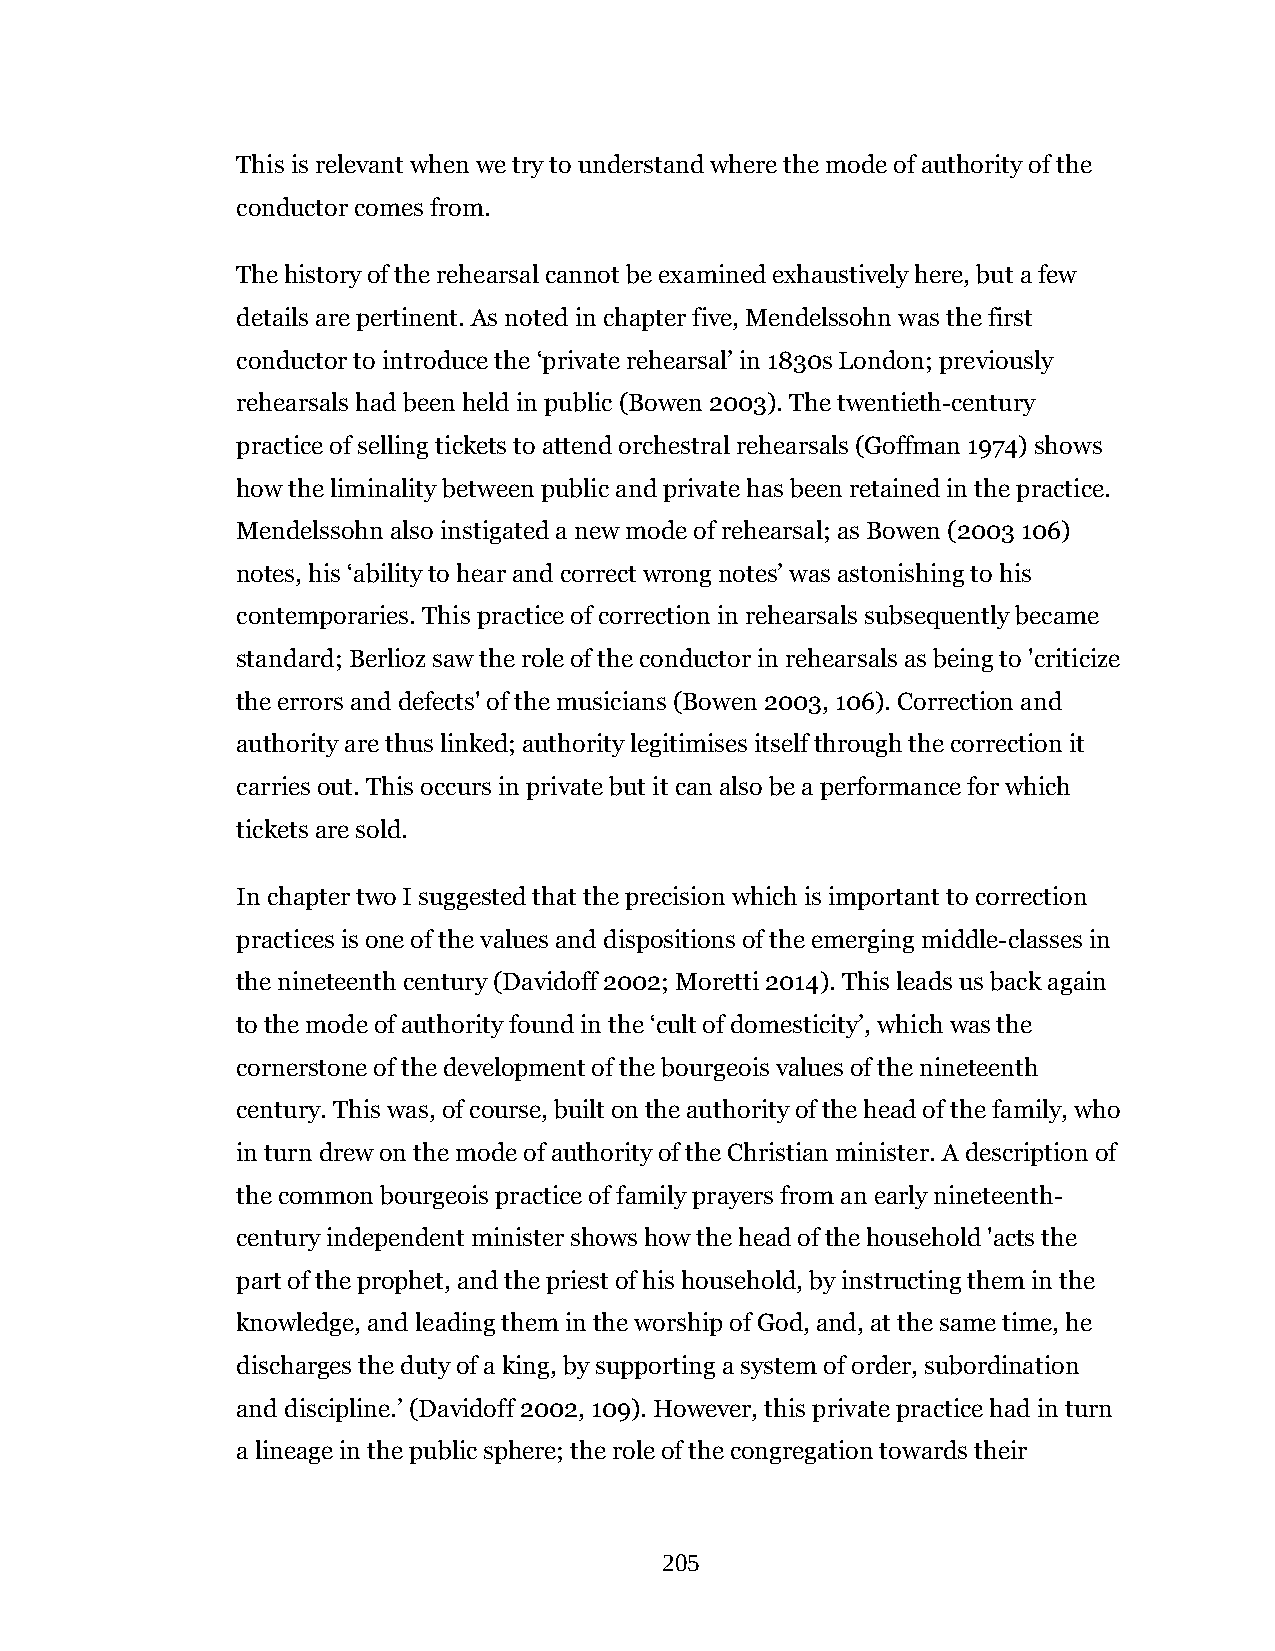
This is relevant when we try to understand where the mode of authority of the
 conductor comes from.
 The history of the rehearsal cannot be examined exhaustively here, but a few
 details are pertinent. As noted in chapter five, Mendelssohn was the first
 conductor to introduce the ‘private rehearsal’ in 1830s London; previously
 rehearsals had been held in public (Bowen 2003). The twentieth-century
 practice of selling tickets to attend orchestral rehearsals (Goffman 1974) shows
 how the liminality between public and private has been retained in the practice.
 Mendelssohn also instigated a new mode of rehearsal; as Bowen (2003 106)
 notes, his ‘ability to hear and correct wrong notes’ was astonishing to his
 contemporaries. This practice of correction in rehearsals subsequently became
 standard; Berlioz saw the role of the conductor in rehearsals as being to 'criticize
 the errors and defects' of the musicians (Bowen 2003, 106). Correction and
 authority are thus linked; authority legitimises itself through the correction it
 carries out. This occurs in private but it can also be a performance for which
 tickets are sold.
 In chapter two I suggested that the precision which is important to correction
 practices is one of the values and dispositions of the emerging middle-classes in
 the nineteenth century (Davidoff 2002; Moretti 2014). This leads us back again
 to the mode of authority found in the ‘cult of domesticity’, which was the
 cornerstone of the development of the bourgeois values of the nineteenth
 century. This was, of course, built on the authority of the head of the family, who
 in turn drew on the mode of authority of the Christian minister. A description of
 the common bourgeois practice of family prayers from an early nineteenth-
 century independent minister shows how the head of the household 'acts the
 part of the prophet, and the priest of his household, by instructing them in the
 knowledge, and leading them in the worship of God, and, at the same time, he
 discharges the duty of a king, by supporting a system of order, subordination
 and discipline.’ (Davidoff 2002, 109). However, this private practice had in turn
 a lineage in the public sphere; the role of the congregation towards their
 205